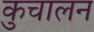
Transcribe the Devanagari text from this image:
कुचालन